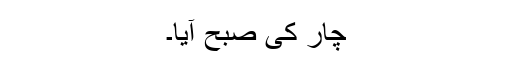
چار کی صبح آیا۔